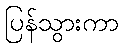
ပြန်သွားကာ